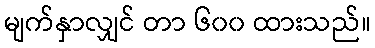
မျက်နှာလျှင် တာ ၆၀၀ ထားသည်။